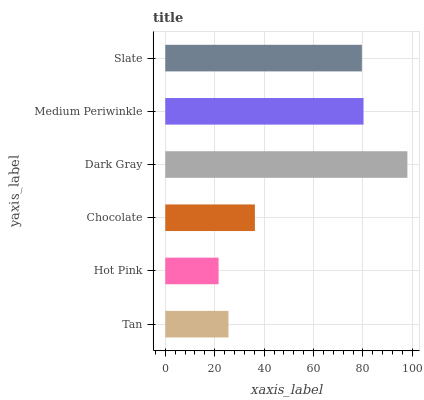
| yaxis_label | bars |
 | --- | --- |
 | Tan | 25.6 |
 | Hot Pink | 21.6 |
 | Chocolate | 36.3 |
 | Dark Gray | 98 |
 | Medium Periwinkle | 80.2 |
 | Slate | 79.6 |